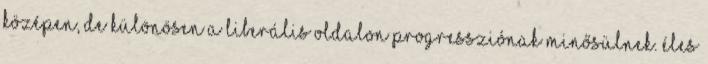
középen, de különösen a liberális oldalon progressziónak minősülnek. Éles